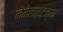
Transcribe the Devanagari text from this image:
नेमेलाइटच्या